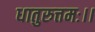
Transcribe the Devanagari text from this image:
धातुरुत्तमः।।